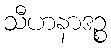
သီဟနာဒဉ္စ